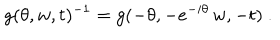
LaTeX: g ( \theta , w , t ) ^ { - 1 } = g ( - \theta , - e ^ { - i \theta } \, w , - t ) ~ .